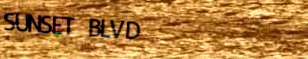
SUNSET BLVD